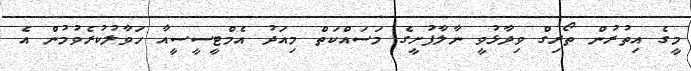
މީގެ އިތުރުން ތޯރިގް ވިދާޅުވީ ނާލާފުށީގެ މަސައްކަތް މިއަދު އެމްޓީސީސީއާ ހަވާލުކުރެވުމުން އެ